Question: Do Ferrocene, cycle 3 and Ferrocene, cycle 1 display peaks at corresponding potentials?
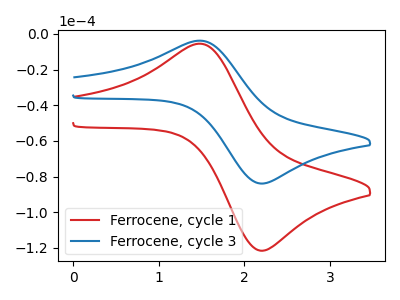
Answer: <think>The red curve "Ferrocene, cycle 1" has an anodic peak at (1.50V, -5.50uA) and a cathodic peak at (2.20V, -121.55uA). The blue curve "Ferrocene, cycle 3" has an anodic peak at (1.50V, -3.80uA) and a cathodic peak at (2.20V, -83.90uA).</think>
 <answer>Yes, "Ferrocene, cycle 3" have a peak in "Ferrocene, cycle 1" at the same potential.</answer>
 <eval>match</eval>